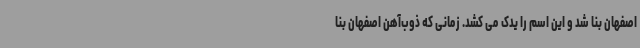
اصفهان بنا شد و این اسم را یدک می کشد. زمانی که ذوب‌آهن اصفهان بنا